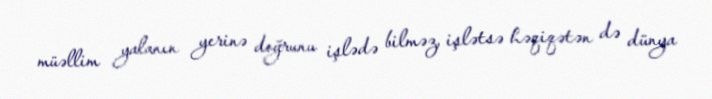
müəllim yalanın yerinə doğrunu işlədə bilməz, işlətsə həqiqətən də dünya